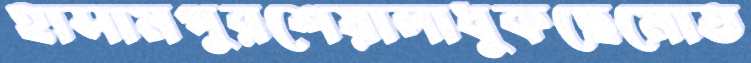
হাসামপুরশেয়ালাধুকছেমোত